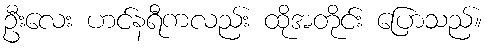
ဦးလေး ဟင်နရီကလည်း ထိုအတိုင်း ပြောသည်။